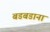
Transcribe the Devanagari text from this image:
बडबडाना